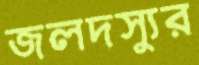
জলদস্যুর